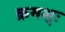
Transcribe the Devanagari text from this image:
क्रमश्ः